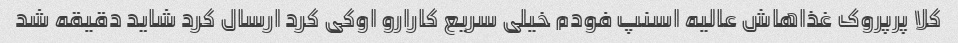
کلا پرپروک غذاهاش عالیه اسنپ فودم خیلی سریع کارارو اوکی کرد ارسال کرد شاید دقیقه شد